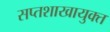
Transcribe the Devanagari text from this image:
सप्तशाखायुक्त